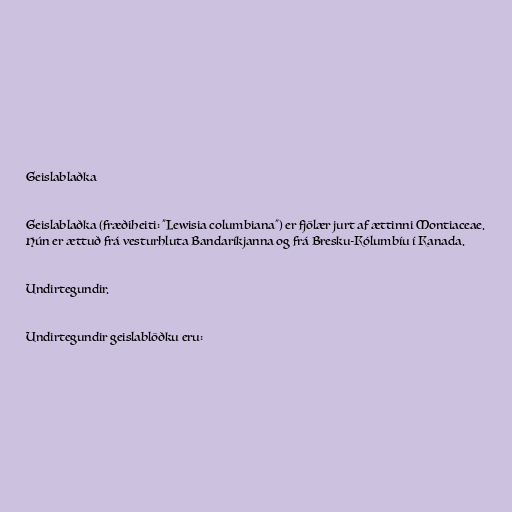
Geislablaðka

Geislablaðka (fræðiheiti: "Lewisia columbiana") er fjölær jurt af ættinni Montiaceae.
Hún er ættuð frá vesturhluta Bandaríkjanna og frá Bresku-Kólumbíu í Kanada.

Undirtegundir.

Undirtegundir geislablöðku eru: